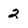
Character: 2